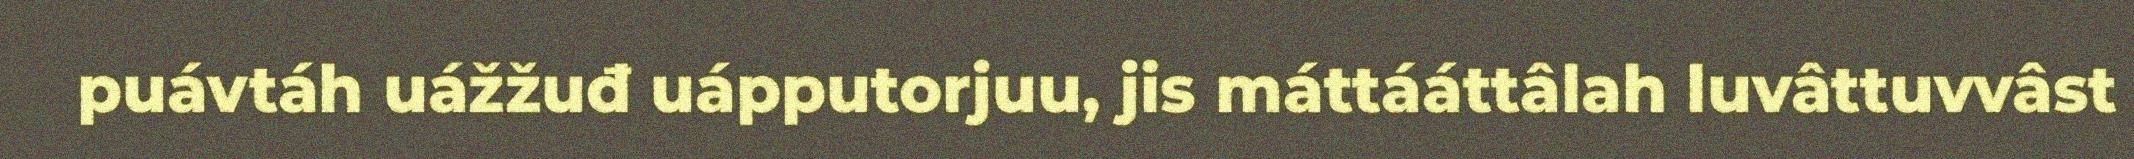
puávtáh uážžuđ uápputorjuu, jis máttááttâlah luvâttuvvâst